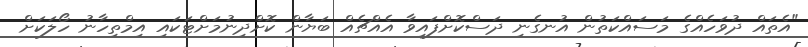
"އެތައް ދުވަހެއްގެ މަސައްކަތުން އުނގެނި ދަސްކޮށްފައިވާ އެއްޗެއް ބަޔާން ކޮށްދިނުމަށްޓަކައި އިމްތިހާނު ހޯލަކަށް